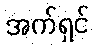
အက်ရှင်